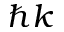
\hbar k